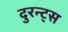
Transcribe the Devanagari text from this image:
दुरन्ट्स